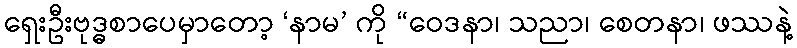
ရှေးဦးဗုဒ္ဓစာပေမှာတော့ ‘နာမ’ ကို “ဝေဒနာ၊ သညာ၊ စေတနာ၊ ဖဿနဲ့